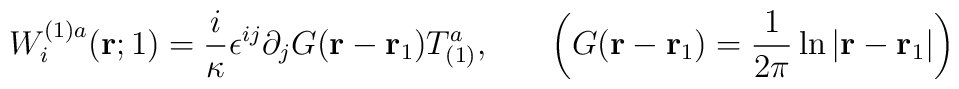
W^{(1)a}_i({\bf r};1)=\frac{i}{\kappa} \epsilon^{ij} \partial_jG({\bf r}-{\bf r}_1)T^a_{(1)},~~~~~\left( G({\bf r}-{\bf r}_1)=\frac{1}{2\pi}\ln|{\bf r}-{\bf r}_1| \right)